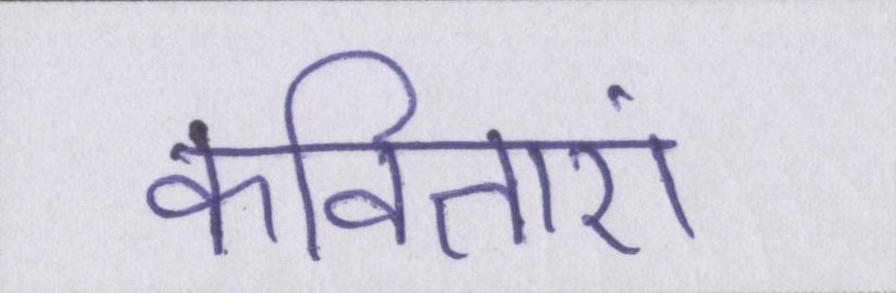
कविताएं